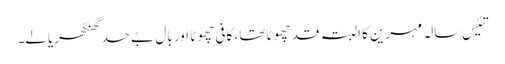
تئیس سالہ مہرین کا البتہ قد چھوٹا تھا، کافی چھوٹا اور بال بے حد گھنگھریالے۔